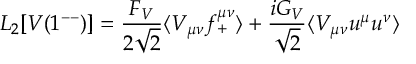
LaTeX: { \cal L } _ { 2 } [ V ( 1 ^ { - - } ) ] = \frac { F _ { V } } { 2 \sqrt { 2 } } \langle V _ { \mu \nu } f _ { + } ^ { \mu \nu } \rangle + \frac { i G _ { V } } { \sqrt { 2 } } \langle V _ { \mu \nu } u ^ { \mu } u ^ { \nu } \rangle